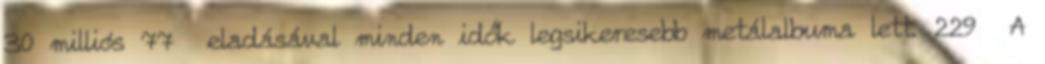
30 milliós 77 eladásával minden idők legsikeresebb metálalbuma lett. 229 A